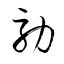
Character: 効